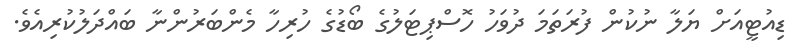
ޑިއުޓީއަށް ޔަލާ ނުކުން ފުރަތަމަ ދުވަހު ހޮސްޕިޓަލުގެ ބޯޑުގެ ހުރިހާ މެންބަރުންނާ ބައްދަލުކުރިއެވެ.